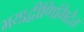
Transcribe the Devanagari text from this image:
भयाद्वीणिभिदैत्त